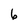
Character: 6